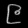
Digit: ၉